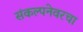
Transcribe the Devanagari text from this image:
संकल्पनेवरचा